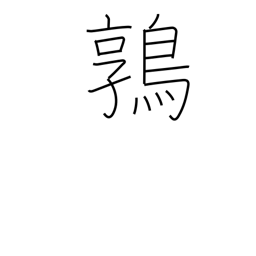
Meaning: quail